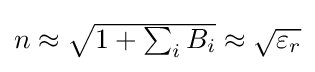
{\begin{matrix}n\approx {\sqrt {1+\sum _{i}B_{i}}}\approx {\sqrt {\varepsilon _{r}}}\end{matrix}}